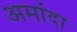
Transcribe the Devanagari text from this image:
अमांदा